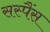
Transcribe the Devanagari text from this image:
सस्पैंस